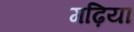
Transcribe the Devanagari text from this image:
गढ़ियां